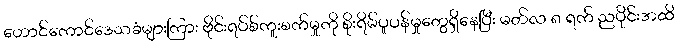
ဟောင်ကောင်ဒေသခံများကြား ဗိုင်းရပ်စ်ကူးစက်မှုကို စိုးရိမ်ပူပန်မှုတွေရှိနေပြီး မတ်လ ၈ ရက် ညပိုင်းအထိ